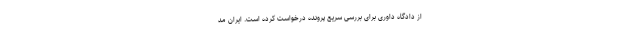
از دادگاه داوری برای بررسی سریع پرونده درخواست کرده است. ایران مد